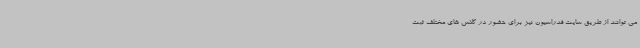
می توانند از طریق سایت فدراسیون نیز برای حضور در کلاس های مختلف ثبت